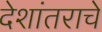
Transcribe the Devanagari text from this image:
देशांतराचे